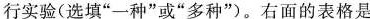
行实验(选填”一种”或”多种”)。右面的表格是